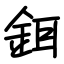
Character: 鉺